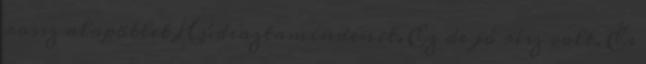
rossz alapötlet Húdeaztamindenit. Ez de jó rész volt. És